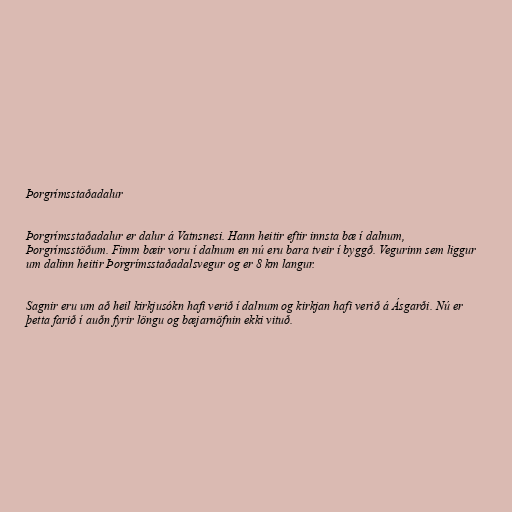
Þorgrímsstaðadalur

Þorgrímsstaðadalur er dalur á Vatnsnesi. Hann heitir eftir innsta bæ í dalnum,
Þorgrímsstöðum. Fimm bæir voru í dalnum en nú eru bara tveir í byggð. Vegurinn sem liggur
um dalinn heitir Þorgrímsstaðadalsvegur og er 8 km langur.

Sagnir eru um að heil kirkjusókn hafi verið í dalnum og kirkjan hafi verið á Ásgarði. Nú er
þetta farið í auðn fyrir löngu og bæjarnöfnin ekki vituð.